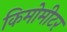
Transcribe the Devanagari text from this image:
किमोमीटर